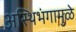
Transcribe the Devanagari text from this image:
अस्थिभंगामुळे